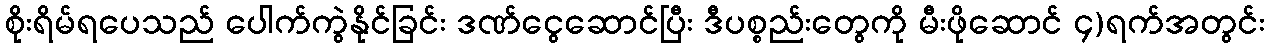
စိုးရိမ်ရပေသည် ပေါက်ကွဲနိုင်ခြင်း ဒဏ်ငွေဆောင်ပြီး ဒီပစ္စည်းတွေကို မီးဖိုဆောင် ၄)ရက်အတွင်း